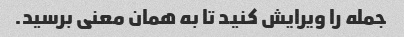
جمله را ویرایش کنید تا به همان معنی برسید.